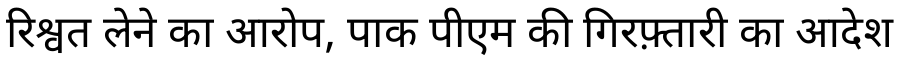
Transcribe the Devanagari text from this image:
रिश्वत लेने का आरोप, पाक पीएम की गिरफ़्तारी का आदेश